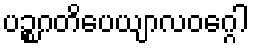
ပဉ္စဂတိပေယျာလဝဂ္ဂေါ